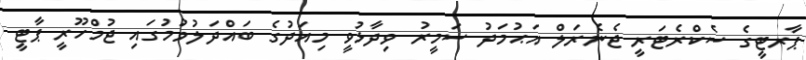
ޕާރޓީގެ ސެކްރެޓަރީ ޖެނެރަލް އަޙުމަދު ސަމީރު ވިދާޅުވީ މިއަދުގެ ބައްދަލުވުމުގައި ޖުމްހޫރީ ޕާޓީ